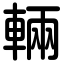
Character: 輛